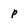
Character: p